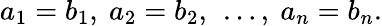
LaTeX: a_{1}=b_{1},{\mathrm{~}}a_{2}=b_{2},{\mathrm{~}}\ldots,{\mathrm{~}}a_{n}=b_{n}.